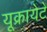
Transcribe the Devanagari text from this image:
यूक्रायेटे